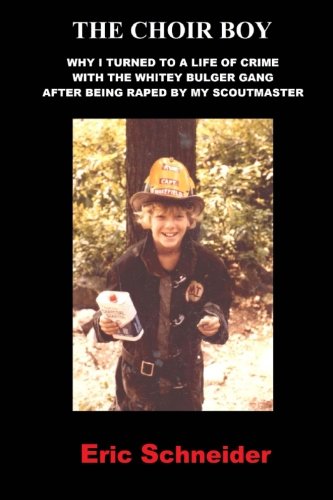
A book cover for The Choir Boy: Why I Turned to a Life of Crime with the Whitey Bulger Gang after Being Raped by My Scoutmaster; Eric Schneider; Politics & Social Sciences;